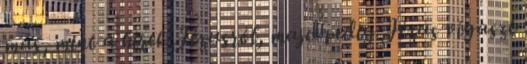
más, mint a hírek Jézusról, majd pedig Jézus vigaszt